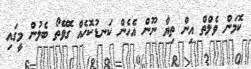
ކޮމަން ވެލްތް އިން ތިޔާ ނޫން އެހެން ކަނޑުކޮހެއް ގޮވޭތޯ ބެލުން މީގައި